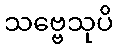
သဗ္ဗေသုပိ